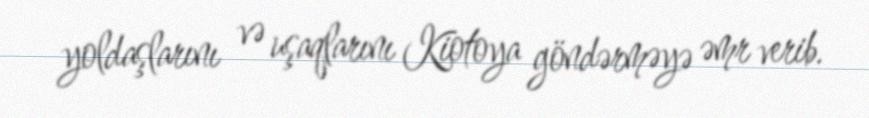
yoldaşlarını və uşaqlarını Kiotoya göndərməyə əmr verib.